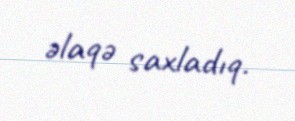
əlaqə saxladıq.